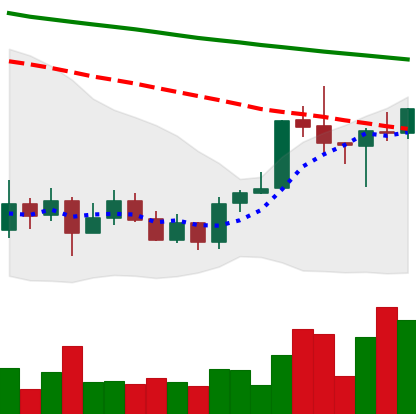
Ticker: ADA-USD
Chart end date: 2020-01-12
Forward return: 19.337%
Label: up_7plus